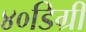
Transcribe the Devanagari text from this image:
४०डिग्री